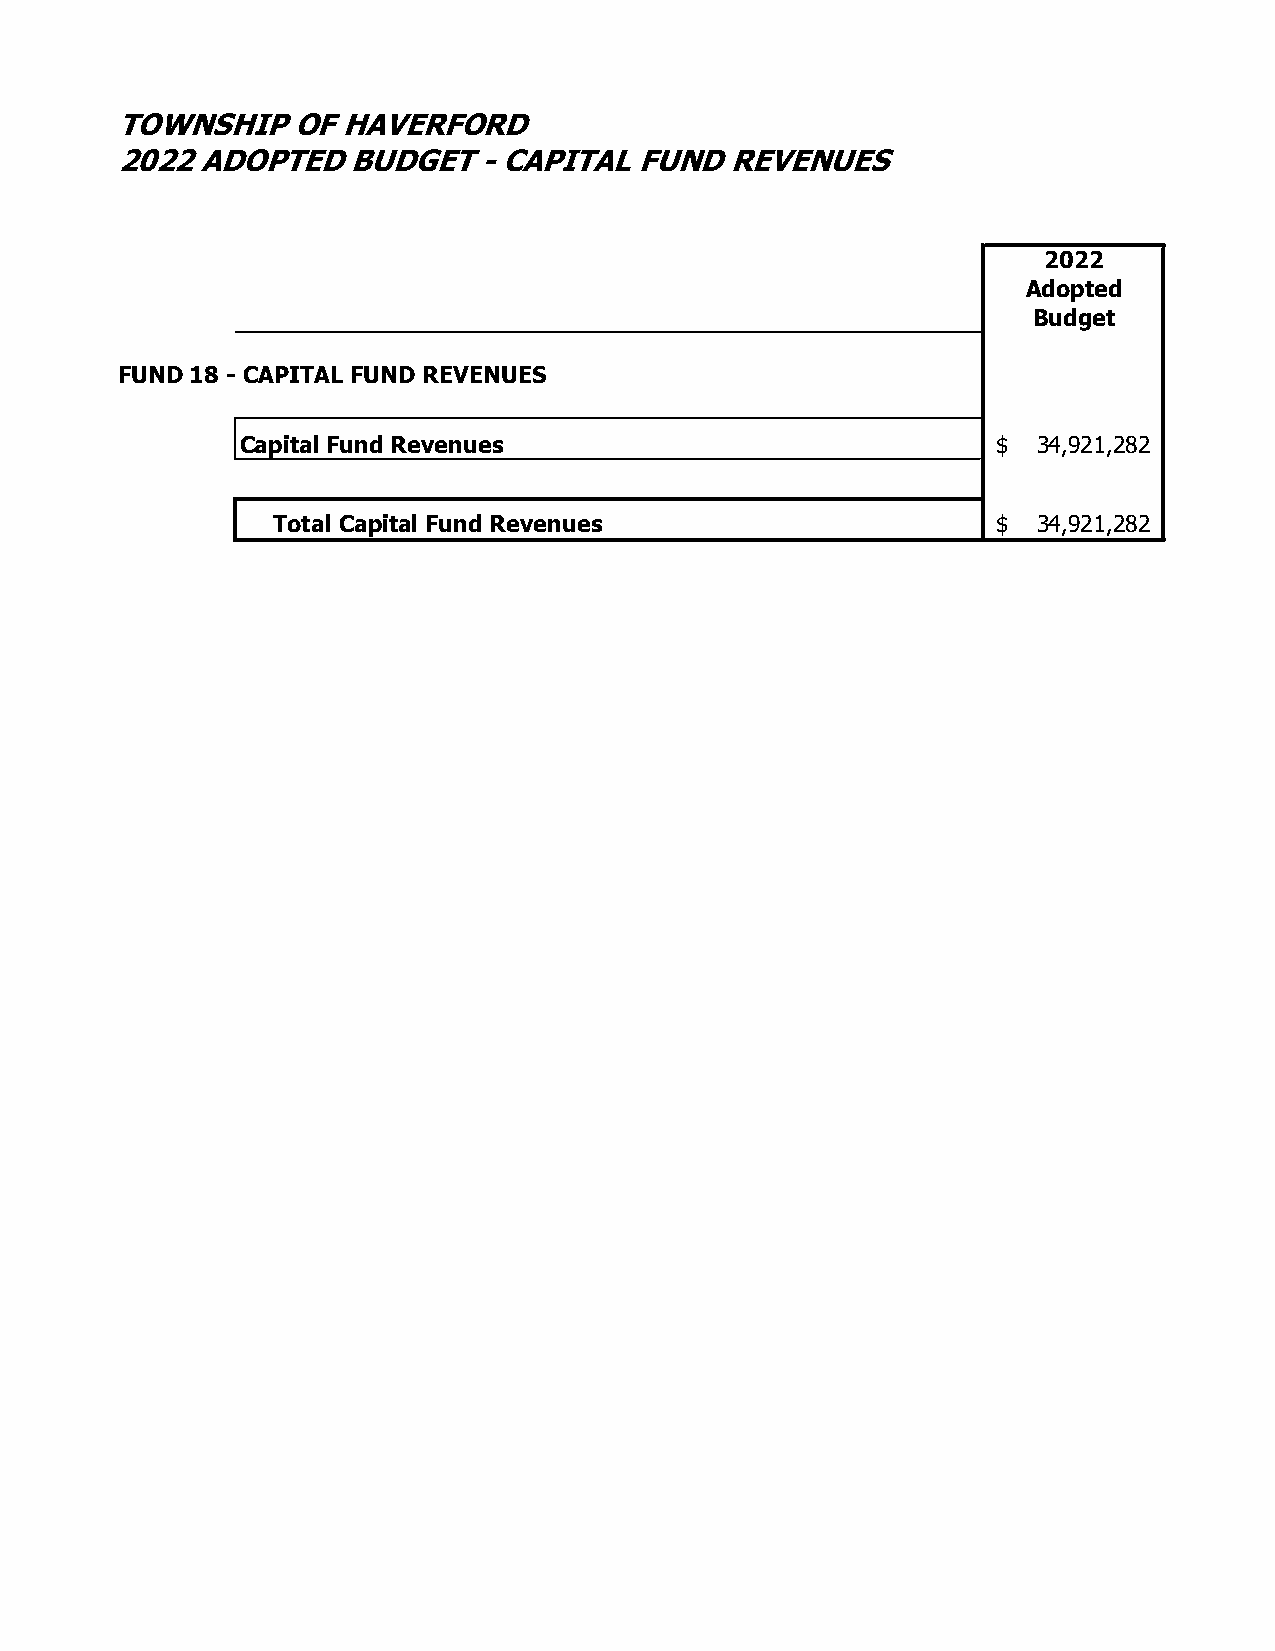
TOWNSHIP   OF  HAVERFORD
 2022 ADOPTED   BUDGET   - CAPITAL FUND  REVENUES
 2022
 Adopted
 Budget
 FUND 18 - CAPITAL FUND REVENUES
 Capital Fund Revenues                             $  34,921,282
 Total Capital Fund Revenues                     $  34,921,282